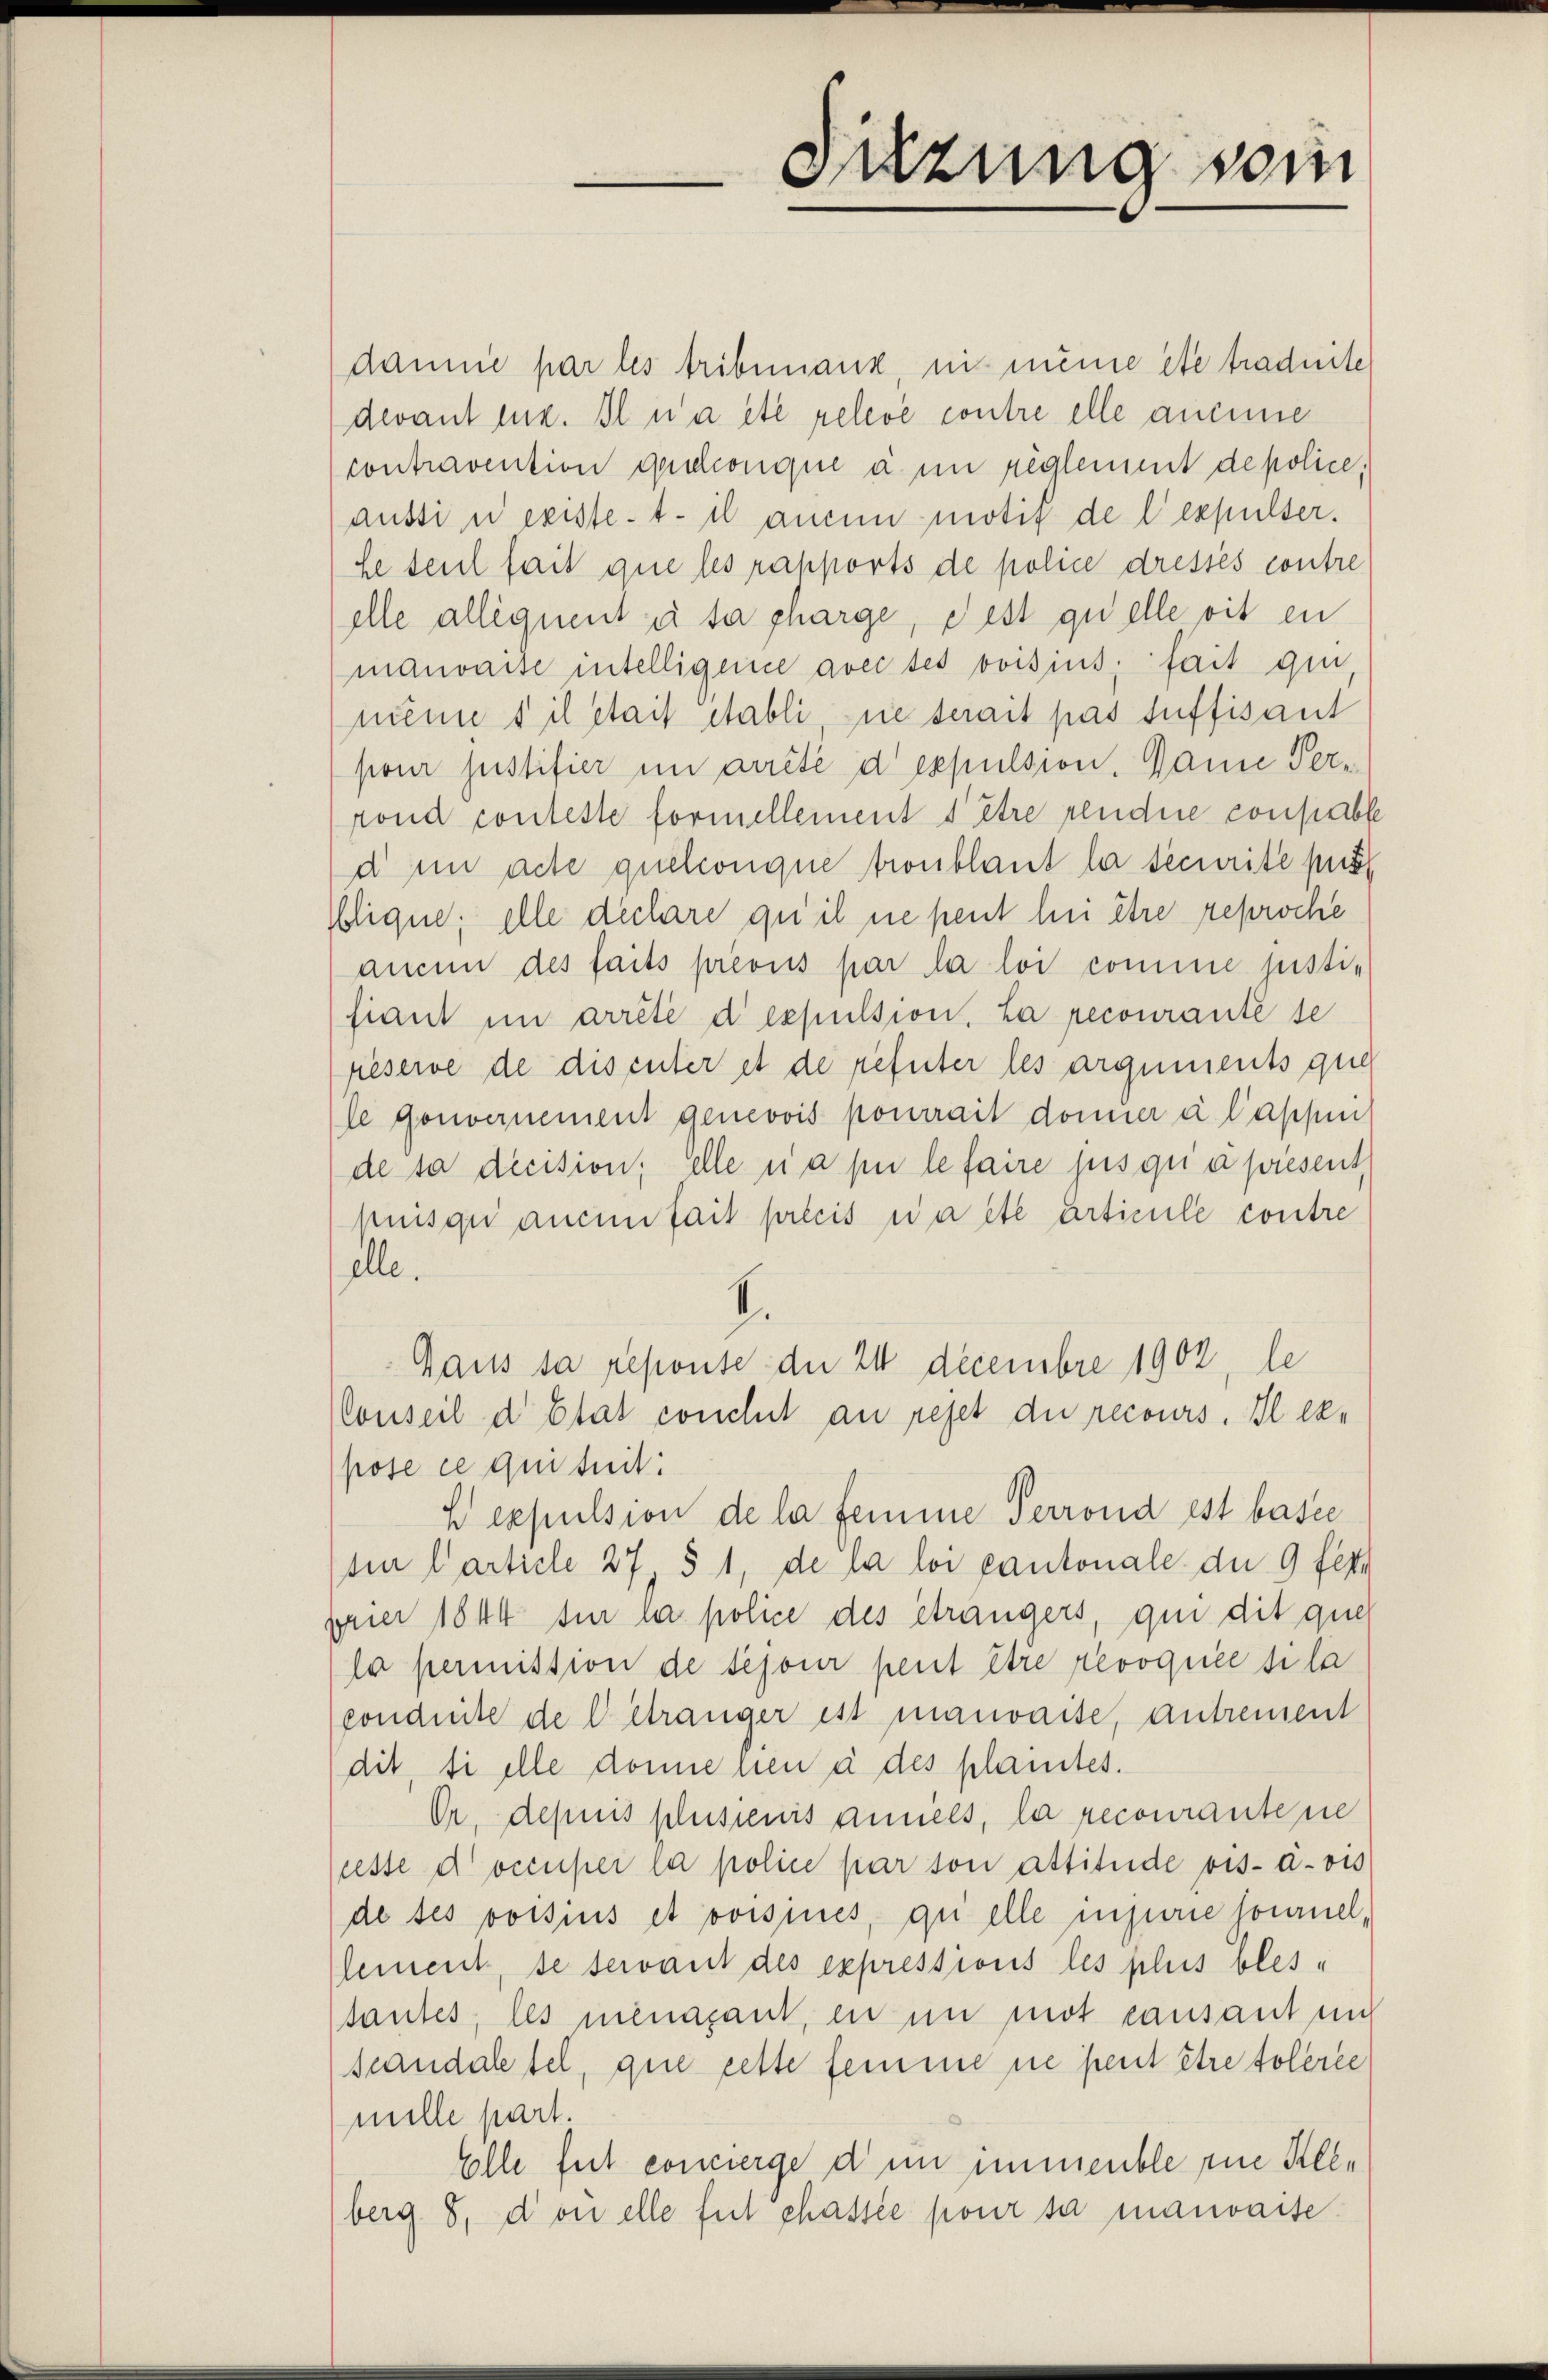
damne par les tribunaux, nit meine etc traduite
devant mir. Il na etc relevé contre elle aucune
contravention geschonque à un reglement depolice.
aussin existet il aucun motif de l’expulser.
Le seul fait que les rapports de police dressés contre
elle allequent es sa charge, dest quelle vit en
mauvaise intelligence avec ses voisius fait qui
même s il était établi sie serait pas suffisant
ponr Justifier im arrêté d expulsion. Danie Perrond conteste formellement être rendre consable
d im acte quelconque troublant la securite pus
Iblique; elle declare qu’il ne peut hei être reproche
aucun des faits prévus par la loi comme justi-
fiant im arrêté d’expulsion. La recourante se
péserve de discuter et de refüter les arguments que
Je gouvernement genevois pourrait donner à l’appen
de sa decision; elle ni a pu le faire jusqu’apresent
kuisqui aucun fait précis war etc articule contre
elle.
Gaus sa repouse der 24 Decembre 1902, le
Conseil d’Etat conchet au rejet die recours. Il exe
pose ce qui suit:
h expulsion de la femme Perrond est basee
sin Carticle 27, § 1, de la loi cantonale du 9 fest
paier 1844 für la police des étrangers, qui dit quer
la permission de sejour peut être révoquée si la
conduite de betränger ist mauvaise, antrement
dit, si elle donne hien à des plaintes.
Or. depuis plusienis annels, la recourante sie
resse doccuper la police par son attitüde vis-à-vis
de tes voisius et voisines, quelle injurie soumel-
lement, se servant des expressions les plus bles
tantes, les menacant, in in mot causant un
scandaletel, que cette femme ne peut être tolerle
mille part.
Elle fest concierge dem immeuble die Kleberg 8, don elle fut chassée pour sa mauvaite.

Sitzung vom